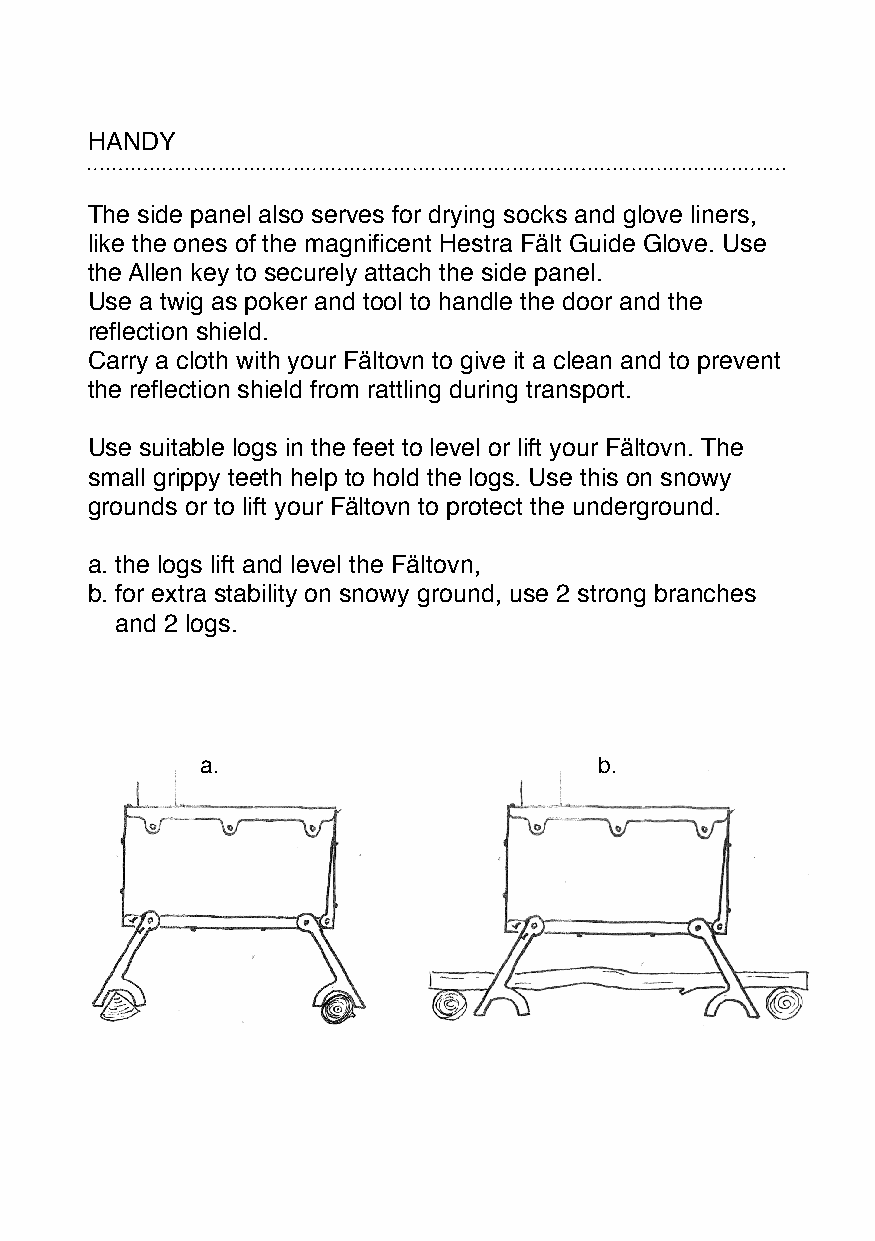
HANDY
 The side panel also serves for drying socks and glove liners,
 like the ones of the magnificent Hestra Fält Guide Glove. Use
 the Allen key to securely attach the side panel.
 Use a twig as poker and tool to handle the door and the
 reflection shield.
 Carry a cloth with your Fältovn to give it a clean and to prevent
 the reflection shield from rattling during transport.
 Use suitable logs in the feet to level or lift your Fältovn. The
 small grippy teeth help to hold the logs. Use this on snowy
 grounds or to lift your Fältovn to protect the underground.
 a. the logs lift and level the Fältovn,
 b. for extra stability on snowy ground, use 2 strong branches
 and 2 logs.
 a.                         b.